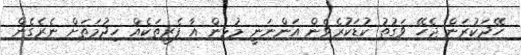
ހޭދަކުރަން ޖެހޭ ވަގުތު ކުޑަކުރެވެން އަންނަނީ މުޅިން އާ ފެރީތަކެއް ހިދުމަތަށް ނެރެގެން